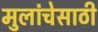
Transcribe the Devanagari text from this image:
मुलांचेसाठी